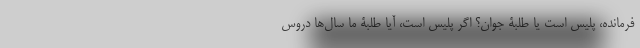
فرمانده، پلیس است یا طلبۀ جوان؟ اگر پلیس است، آیا طلبۀ ما سال‌ها دروس